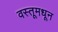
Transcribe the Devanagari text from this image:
वस्तूमधून